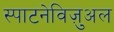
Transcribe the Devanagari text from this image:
स्पाटनेविज़ुअल